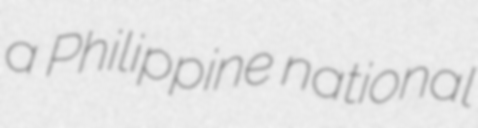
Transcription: a Philippine national